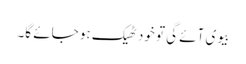
بیوی آئے گی تو خود ٹھیک ہو جائے گا۔